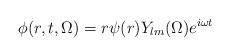
LaTeX: \begin{align*}\phi(r,t,\Omega) = r \psi(r) Y_{lm}(\Omega) e^{i \omega t}\end{align*}